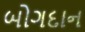
બોગદાન